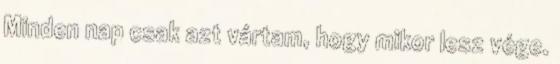
Minden nap csak azt vártam, hogy mikor lesz vége.